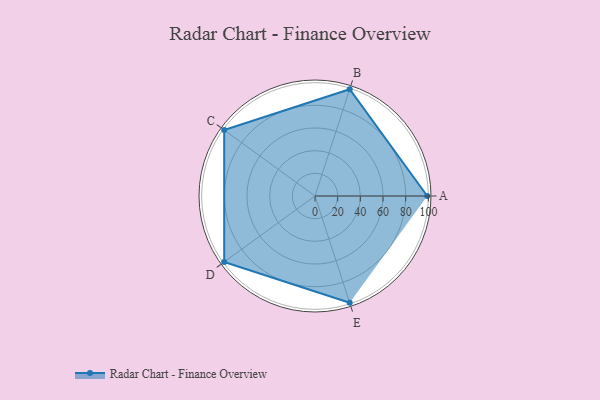
{"axis": {"x": "Skill", "y": "Score"}, "legend": ["Profile"], "data": [{"x": "A", "y": 99, "type": "Profile"}, {"x": "B", "y": 99, "type": "Profile"}, {"x": "C", "y": 99, "type": "Profile"}, {"x": "D", "y": 99, "type": "Profile"}, {"x": "E", "y": 99, "type": "Profile"}]}